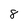
Character: 8